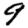
Digit: 9